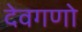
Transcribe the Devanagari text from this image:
देवगणो